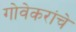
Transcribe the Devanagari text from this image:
गोवेकरांचे